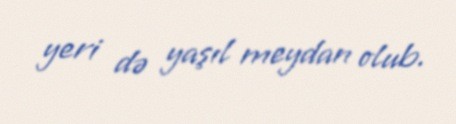
yeri də yaşıl meydan olub.